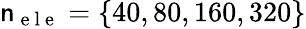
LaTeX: \mathsf{n}_{\mathrm{{~e~l~e~}}}=\{ 40,80,160,320\}